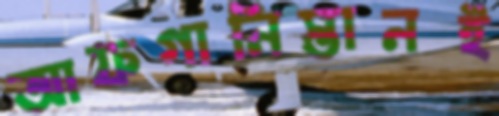
আফগানিস্তানই